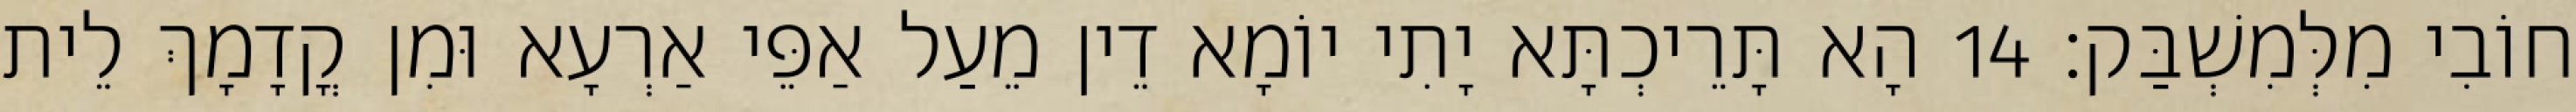
חוֹבִי מִלְּמִשְׁבַּק׃ 14 הָא תָּרֵיכְתָּא יָתִי יוֹמָא דֵין מֵעַל אַפֵּי אַרְעָא וּמִן קֳדָמָךְ לֵית